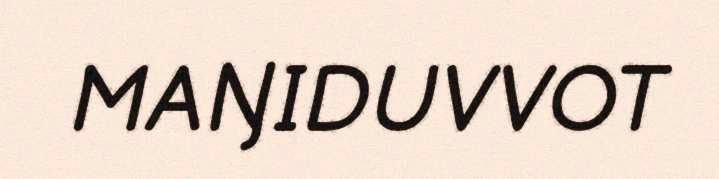
MAŊIDUVVOT